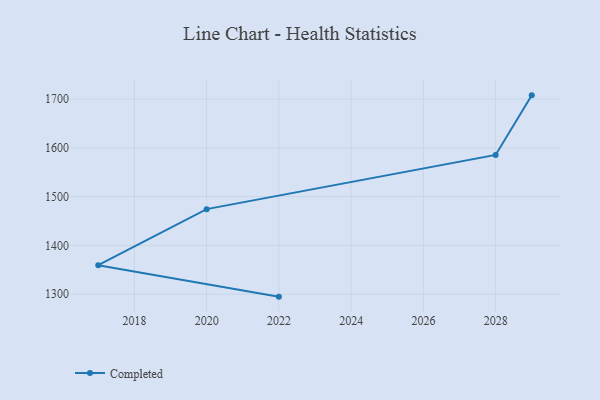
{"axis": {"x": "Year", "y": "Tickets Resolved"}, "legend": ["Completed"], "data": [{"x": "2029", "y": 1707.7, "type": "Completed"}, {"x": "2028", "y": 1585.4, "type": "Completed"}, {"x": "2020", "y": 1474.3, "type": "Completed"}, {"x": "2017", "y": 1359.4, "type": "Completed"}, {"x": "2022", "y": 1294.8, "type": "Completed"}]}